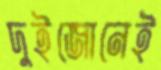
দুইজোনেই